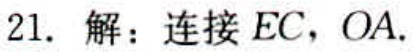
21. 解：连接 \(EC\)，\(OA\).